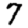
Digit: 7